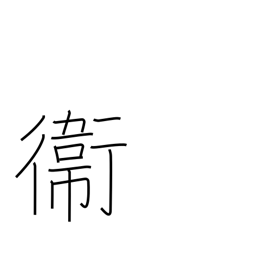
Meaning: defense